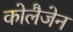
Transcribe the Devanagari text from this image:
कोलैजेन